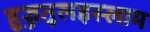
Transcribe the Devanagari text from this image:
हुज्जतुलइस्लाम